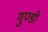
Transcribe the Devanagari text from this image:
गुण्डो